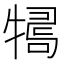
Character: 𤛒